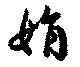
娟